Civil Veterinary Dept. Bombay admin report 1914-1922 - 1914-1922
Year: 1914
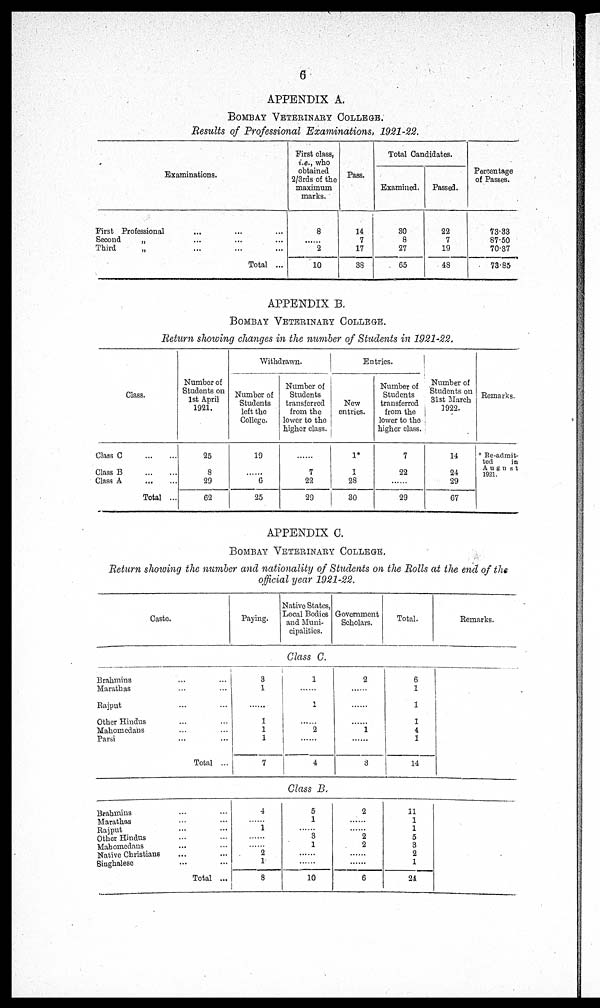
6
APPENDIX A.
BOMBAY VETERINARY COLLEGE.
Results of Professional Examinations, 1921-22.
Examinations.
First Professional ... ...
Second
„ ... ... ...
Third
„ ... ... ...
Total ...
First class,
i.e., who
obtained
2/3rds of the
maximum
marks.
8
.......
2
10
Pass.
14
7
17
38
Total Candidates.
Examined.
30
8
27
65
Passed.
22
7
19
48
Percentage
of Passes.
73.33
87.50
70.37
73.85
APPENDIX B.
BOMBAY VETERINARY COLLEGE.
Return showing changes in the number of Students in 1921-22.
Class.
Class C
Class B
...
...
Class A
Total ...
Number of
Students on
1st April
1921.
25
8
29
62
Withdrawn.
Number of
Students
left the
College.
19
.......
6
25
Number of
Students
transferred
from the
lower to the
higher class.
.......
7
22
29
Entries.
New
entries.
1*
1
28
30
Number of
Students
transferred
from the
lower to the
higher class.
7
22
.......
29
Number of
Students on
31st March
1922.
14
24
29
67
Remarks.
* Re-admit-
ted
in
August
1921.
APPENDIX C.
BOMBAY VETERINARY COLLEGE.
Return showing the number and nationality of Students on the Rolls at the end of the
official year 1921-22.
Caste.
Paying.
Native States,
Local Bodies
and Muni-
cipalities.
Government
Scholars.
Total.
Remarks.
Class C.
Brahmins
Marathas ... ...
Rajput ... ...
Other Hindus
Mahomedans ... ...
Parsi ... ...
Total ...
3
1
.......
1
1
1
7
1
......
1
......
2
......
4
2
......
......
......
1
......
3
6
1
1
1
4
1
14
Class B.
Brahmins ... ...
Marathas ... ...
Rajput ... ...
Other Hindus ... ...
Mahomedans ... ...
Native Christians
Singhalese
Total ...
4
.......
1
......
......
2
1
8
5
1
......
3
1
......
......
10
2
......
......
2
2
......
......
6
11
1
1
5
3
2
1
24